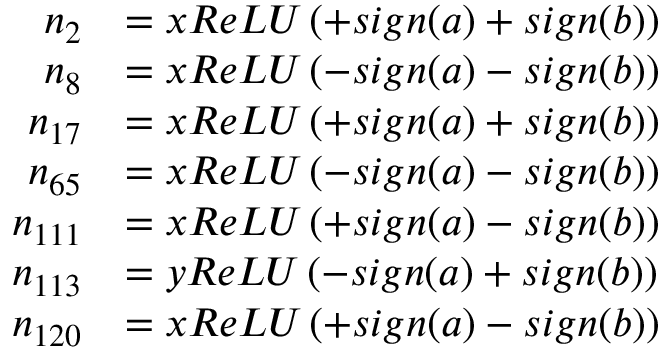
\begin{array} { r l } { n _ { 2 } } & { = x R e L U \left( + s i g n ( a ) + s i g n ( b ) \right) } \\ { n _ { 8 } } & { = x R e L U \left( - s i g n ( a ) - s i g n ( b ) \right) } \\ { n _ { 1 7 } } & { = x R e L U \left( + s i g n ( a ) + s i g n ( b ) \right) } \\ { n _ { 6 5 } } & { = x R e L U \left( - s i g n ( a ) - s i g n ( b ) \right) } \\ { n _ { 1 1 1 } } & { = x R e L U \left( + s i g n ( a ) - s i g n ( b ) \right) } \\ { n _ { 1 1 3 } } & { = y R e L U \left( - s i g n ( a ) + s i g n ( b ) \right) } \\ { n _ { 1 2 0 } } & { = x R e L U \left( + s i g n ( a ) - s i g n ( b ) \right) } \end{array}